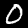
Label: 0